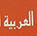
العربية